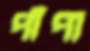
পাঁপা